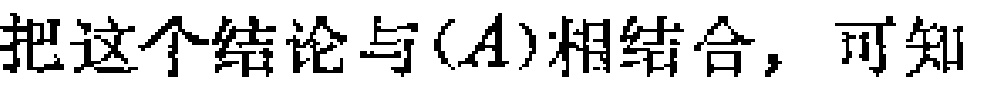
把这个结论与\((A)\)相结合，可知